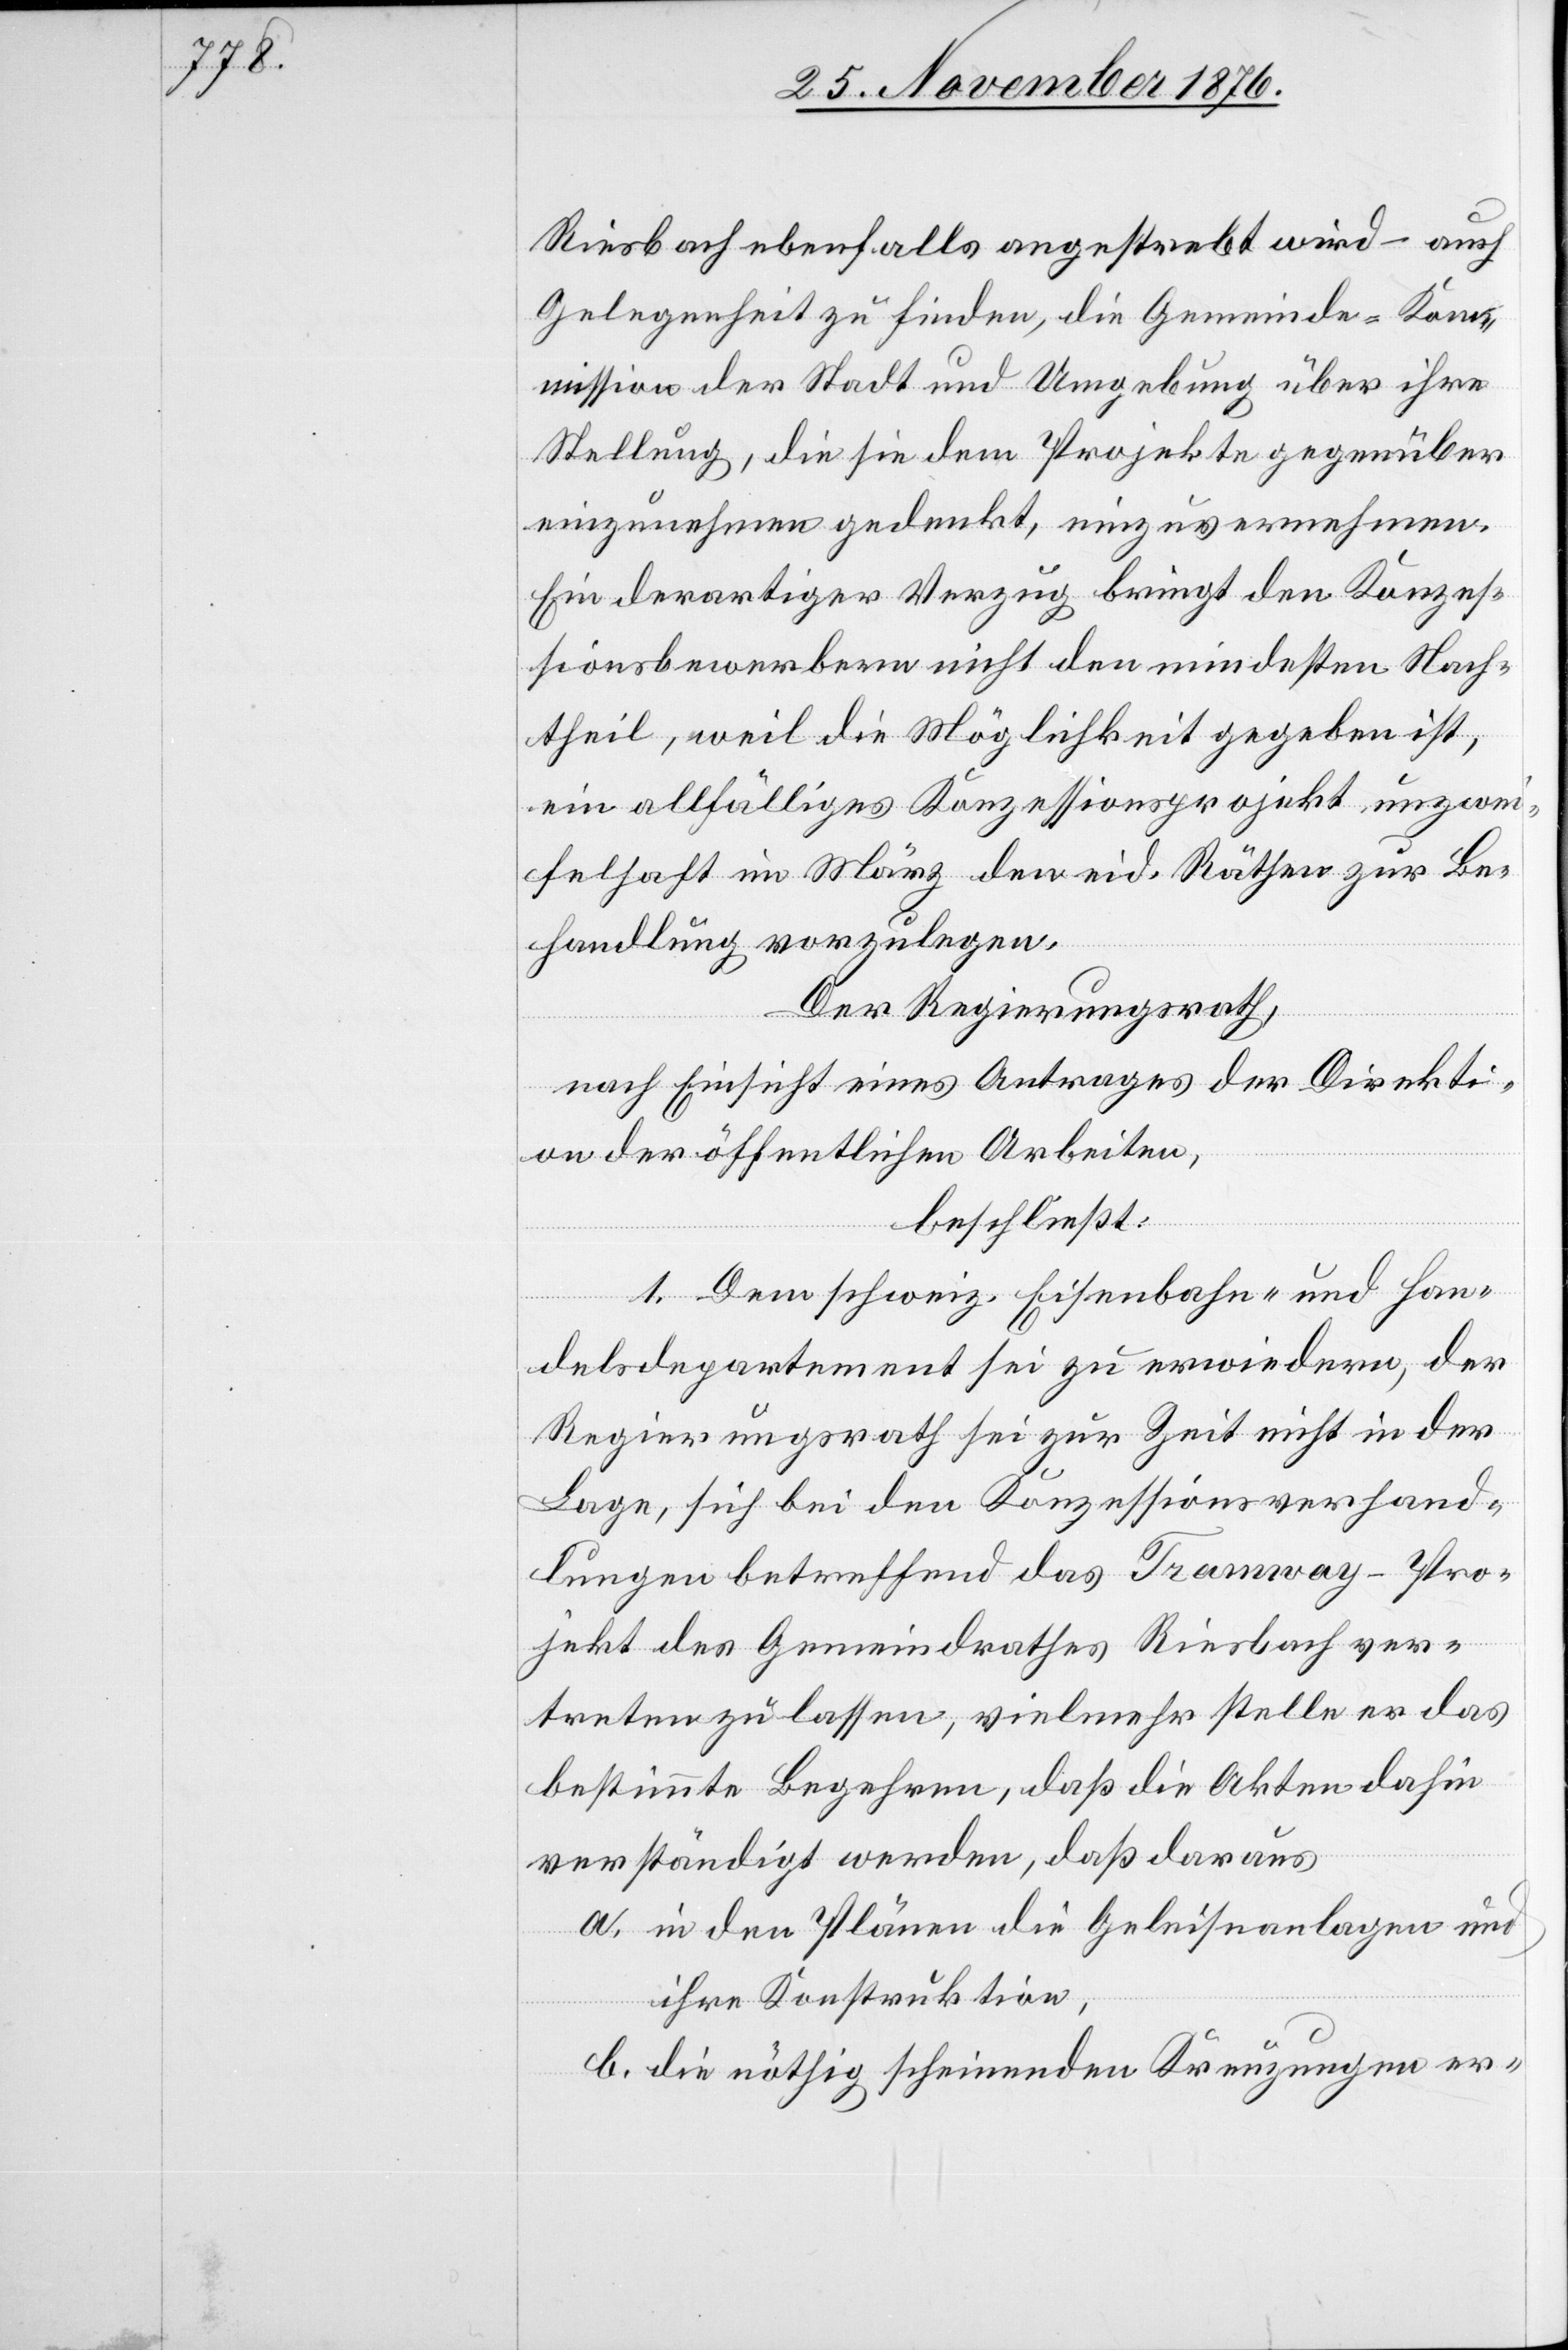
Riesbach ebenfalls angestrebt wird – auch
Gelegenheit zu finden, die Gemeinde-Kom¬
mission der Stadt und Umgebung über ihre
Stellung, die sie dem Projekte gegenüber
einzunehmen gedenkt, einzuvernehmen.
Ein derartiger Verzug bringt den Konzes¬
sionsbewerbern nicht den mindesten Nach¬
theil, weil die Möglichkeit gegeben ist,
ein allfälliges Konzessionsprojekt unzwei¬
felhaft im März den eid. Räthen zur Be¬
handlung vorzulegen.
Der Regierungsrath,
nach Einsicht eines Antrages der Direkti¬
on der öffentlichen Arbeiten,
beschließt:
1. Dem schweiz. Eisenbahn- und Han¬
delsdepartement sei zu erwiedern, der
Regierungsrath sei zur Zeit nicht in der
Lage, sich bei den Konzessionsverhand¬
lungen betreffend das Tramway-Pro¬
jekt des Gemeindrathes Riesbach ver¬
treten zu lassen, vielmehr stelle er das
bestimmte Begehren, daß die Akten dahin
verständigt werden, daß daraus
a. in den Plänen die Geleiseanlagen und
ihre Konstruktion,
b. die nöthig scheinenden Kreuzungen er-